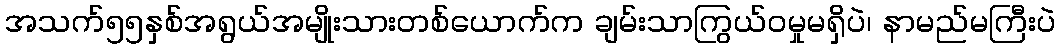
အသက်၅၅နှစ်အရွယ်အမျိုးသားတစ်ယောက်က ချမ်းသာကြွယ်ဝမှုမရှိပဲ၊ နာမည်မကြီးပဲ